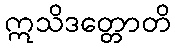
ဣသိဒတ္တောတိ